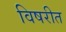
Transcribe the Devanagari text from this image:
विषरीत